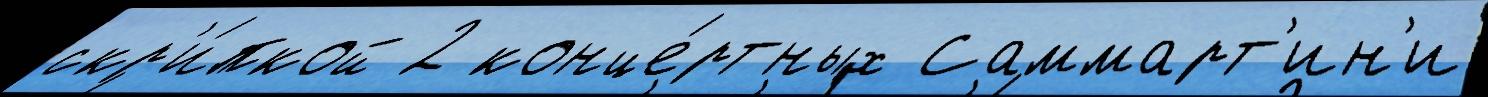
скр'и́пкой 2 конце́ртных Саммарт'ин'и